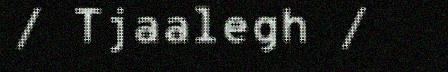
/ Tjaalegh /